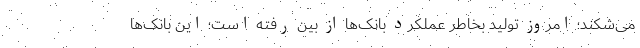
می‌شکند؛ امروز تولید بخاطر عملکرد بانک‌ها از بین رفته است؛ این بانک‌ها